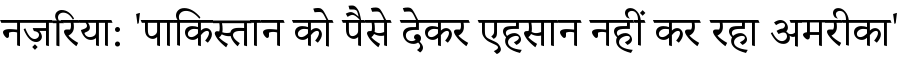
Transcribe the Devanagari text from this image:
नज़रिया: 'पाकिस्तान को पैसे देकर एहसान नहीं कर रहा अमरीका'